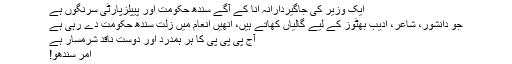
ایک وزیر کی جاگیردارانہ اَنا کے آگے سندھ حکومت اور پیپلزپارٹی سرنگوں ہے
جو دانشور، شاعر، ادیب بھٹوز کے لیے گالیاں کھاتے ہیں، انھیں انعام میں زلت سندھ حکومت دے رہی ہے
آج پی پی پی کا ہر ہمدرد اور دوست ناقد شرمسار ہے
امر سندھو!